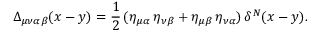
\Delta _ { \mu \nu \alpha \beta } ( x - y ) = \frac { 1 } { 2 } \, ( \eta _ { \mu \alpha } \, \eta _ { \nu \beta } + \eta _ { \mu \beta } \, \eta _ { \nu \alpha } ) \, \delta ^ { N } ( x - y ) .